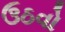
ઉઠવો